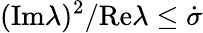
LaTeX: (\mathrm{Im}\lambda)^{2}/\mathrm{Re}\lambda\leq\dot{\sigma}